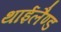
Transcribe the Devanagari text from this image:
थाईलैण्‍ड